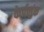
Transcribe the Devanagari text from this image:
केर्पलुंक